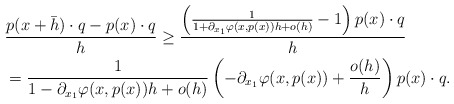
\begin{align*}&\frac{p(x+\bar{h})\cdot q - p(x)\cdot q}{h}\ge \frac{\left(\frac{1}{1+\partial_{x_{1}}\varphi(x,p(x))h+o(h)}-1\right)p(x)\cdot q}{h}\\&=\frac{1}{1-\partial_{x_{1}}\varphi(x,p(x))h+o(h)}\left(-\partial_{x_{1}}\varphi(x,p(x))+\frac{o(h)}{h}\right) p(x)\cdot q.\end{align*}